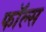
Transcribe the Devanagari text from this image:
फाॅल्स